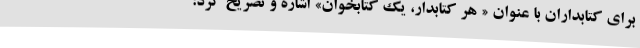
برای کتابداران با عنوان « هر کتابدار، یک کتابخوان» اشاره و تصریح کرد: